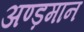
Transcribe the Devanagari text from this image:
अण्ड़मान